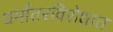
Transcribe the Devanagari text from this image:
धर्मांतरविरोधात